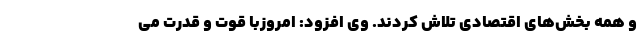
و همه بخش‌های اقتصادی تلاش کردند. وی افزود: امروزبا قوت و قدرت می